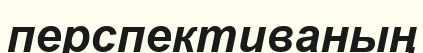
перспективаның